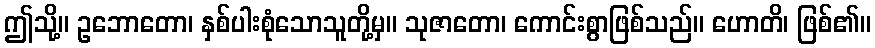
ဤသို့။ ဥဘောတော၊ နှစ်ပါးစုံသောသူတို့မှ။ သုဇာတော၊ ကောင်းစွာဖြစ်သည်။ ဟောတိ၊ ဖြစ်၏။